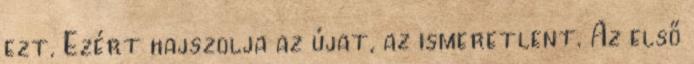
ezt. Ezért hajszolja az újat, az ismeretlent. Az első